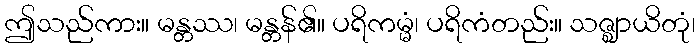
ဤသည်ကား။ မန္တဿ၊ မန္တန်၏။ ပရိကမ္မံ၊ ပရိကံတည်း။ သဇ္ဈာယိတုံ၊